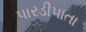
પારડીપાતા